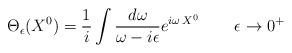
\begin{align*}\Theta_\epsilon (X^0) = \frac{1}{i}\int \frac{d\omega}{\omega -i\epsilon}e^{i\omega\, X^0}\, \qquad \epsilon \to 0^+ \end{align*}